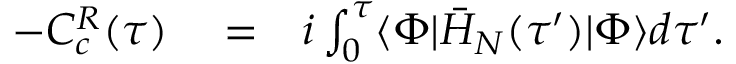
\begin{array} { r l r } { - C _ { c } ^ { R } ( \tau ) } & { { } = } & { i \int _ { 0 } ^ { \tau } \langle \Phi | \bar { H } _ { N } ( \tau ^ { \prime } ) | \Phi \rangle d \tau ^ { \prime } . } \end{array}